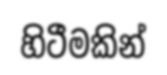
හිටීමකින්